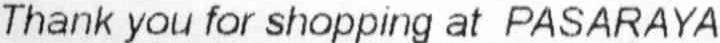
THANK YOU FOR SHOPPING AT PASARAYA